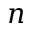
n